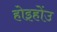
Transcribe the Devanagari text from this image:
होइहोंउ